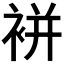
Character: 𧚭